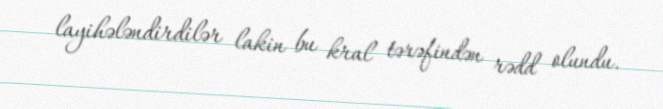
layihələndirdilər lakin bu kral tərəfindən rədd olundu.